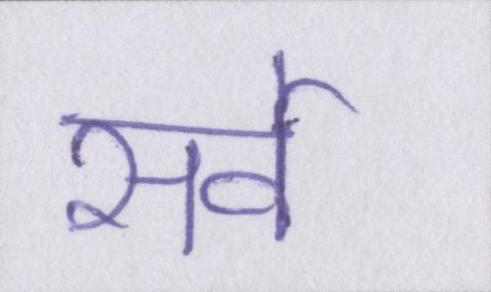
सर्वे